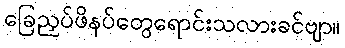
ခြေညှပ်ဖိနပ်တွေရောင်းသလားခင်ဗျာ။